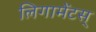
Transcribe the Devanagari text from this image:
लिगामेंटस्